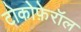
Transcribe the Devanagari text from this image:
टोकोफ़ेरॉल